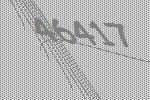
46417